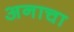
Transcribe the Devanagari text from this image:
अनाचा